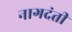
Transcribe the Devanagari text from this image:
नागदंती